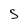
Character: 5